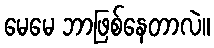
မေမေ ဘာဖြစ်နေတာလဲ။